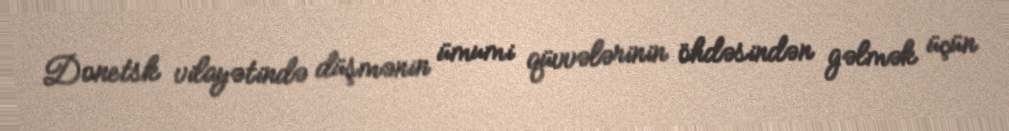
Donetsk vilayətində düşmənin ümumi qüvvələrinin öhdəsindən gəlmək üçün